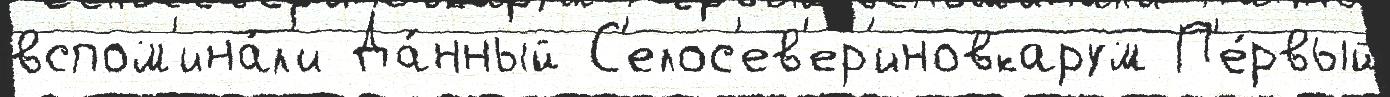
вспом'ина́л'и Да́нный С'елос'ев'ер'иновкарум П'е́рвый